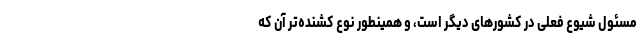
مسئول شیوع فعلی در کشورهای دیگر است، و همینطور نوع کشنده‌تر آن که